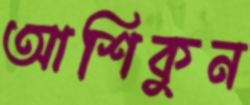
আশিকুন